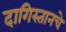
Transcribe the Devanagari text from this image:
दागिस्तानचे